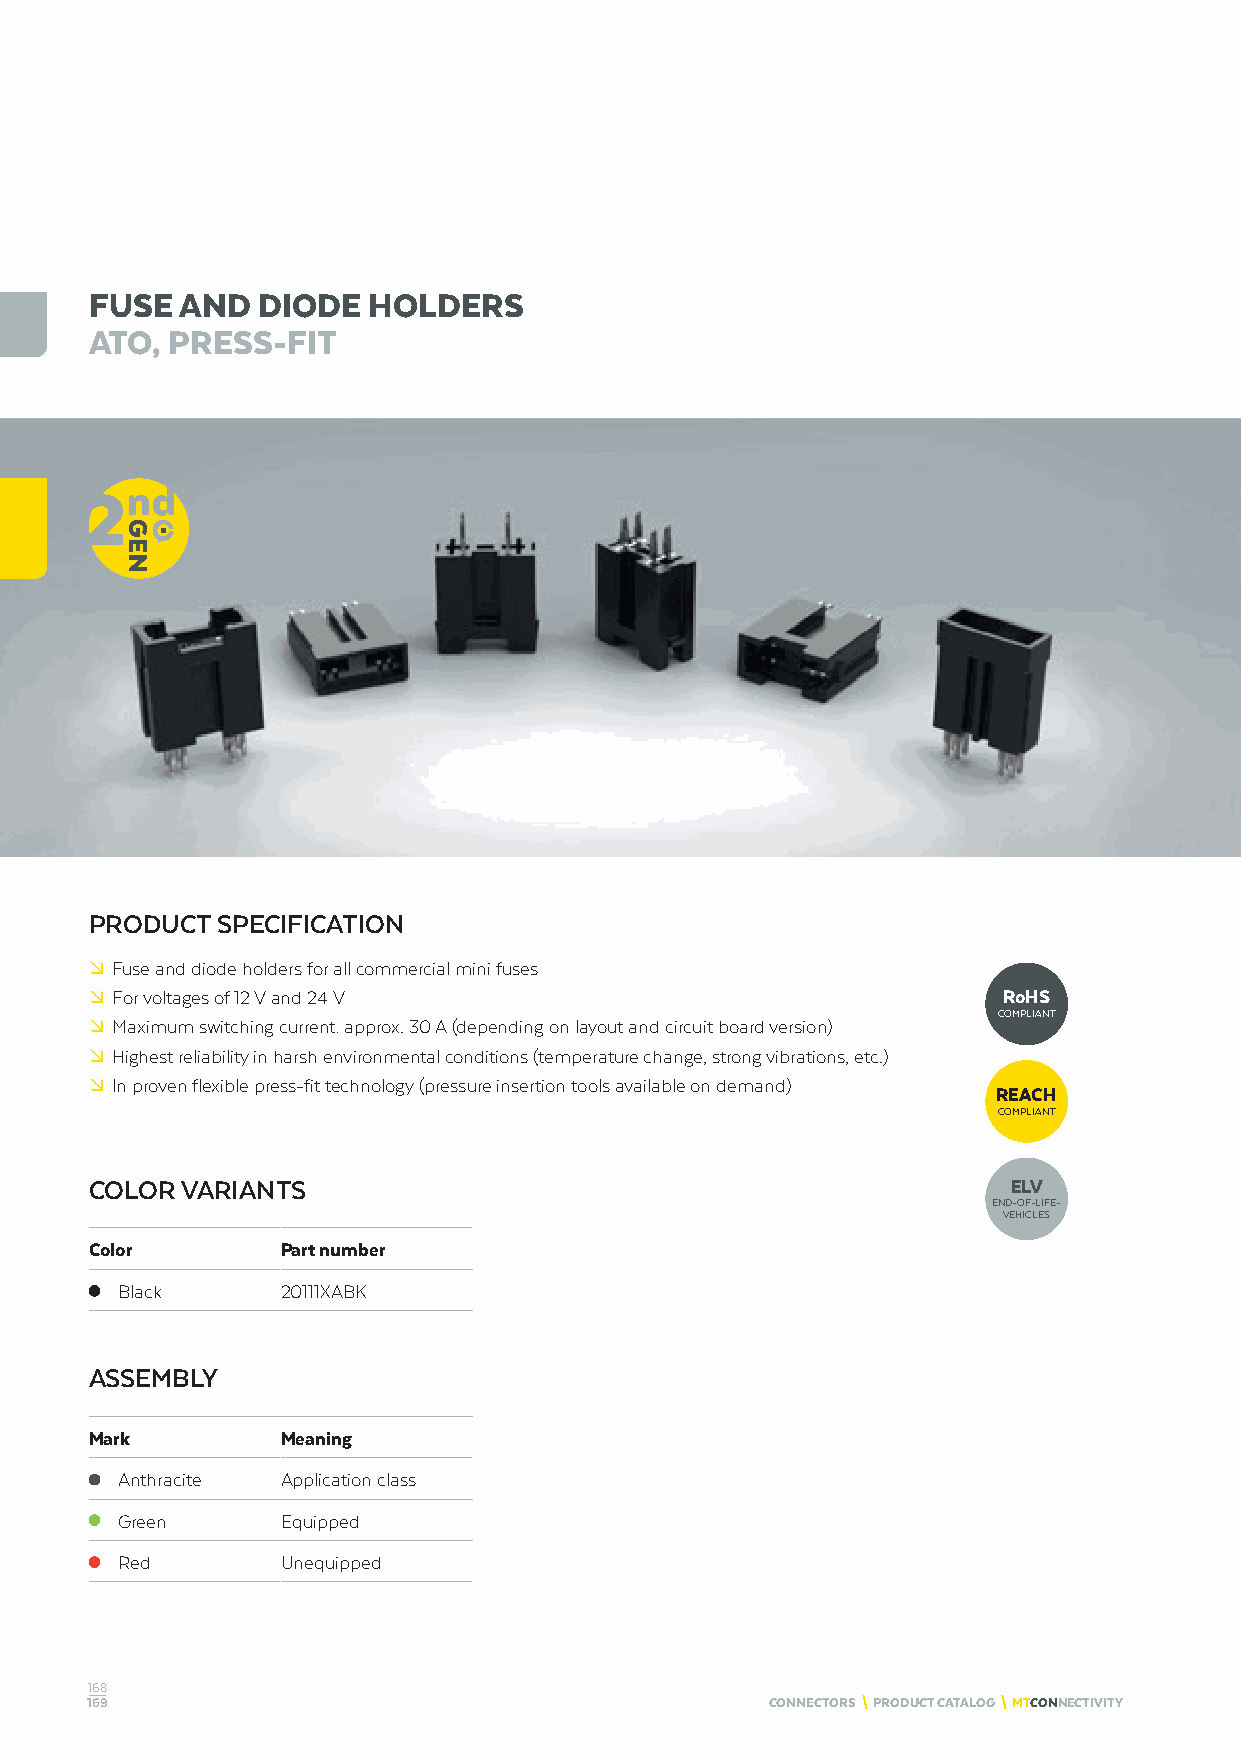
FUSE  AND  DIODE  HOLDERS
 ATO, PRESS-FIT
 PRODUCT SPECIFICATION
 º Fuse and diode holders for all commercial mini fuses
 º For voltages of 12 V and 24 V                             RoHS
 COMPLIANT
 º Maximum switching current: approx. 30 A (depending on layout and circuit board version)
 º Highest reliability in harsh environmental conditions (temperature change, strong vibrations, etc.)
 º In proven flexible press-fit technology (pressure insertion tools available on demand)
 REACH
 COMPLIANT
 COLOR VARIANTS                                               ELV
 END-OF-LIFE-
 VEHICLES
 Color        Part number
 Black      20111XABK
 ASSEMBLY
 Mark         Meaning
 Anthracite Application class
 Green      Equipped
 Red        Unequipped
 168
 169                                          CONNECTORS \ PRODUCT CATALOG \ MTCONNECTIVITY